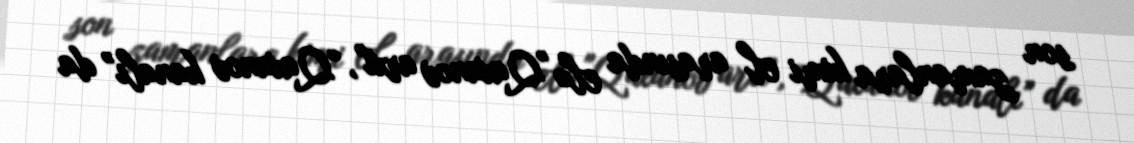
son zamanlara kimi el arasında elə "Qaxanov arxı", “Qaxanov kanalı” da